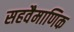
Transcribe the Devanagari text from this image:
सहवैमाणिक